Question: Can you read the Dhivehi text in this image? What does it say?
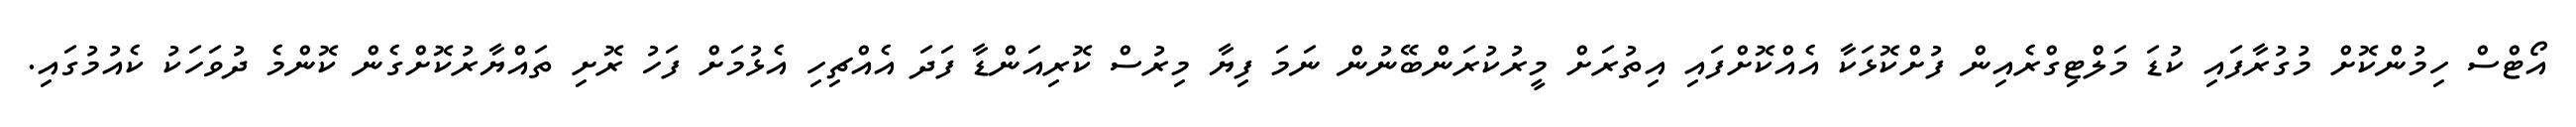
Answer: އޯޓްސް ހިމުންކޮށް މުގުރާފައި ކުޑަ މަލްޓިގްރެއިން ފުށްކޮޅަކާ އެއްކޮށްފައި އިތުރަށް މީރުކުރަންބޭނުން ނަމަ ފިޔާ މިރުސް ކޮރިއަންޑާ ފަދަ އެއްޗިހި އެޅުމަށް ފަހު ރޮށި ތައްޔާރުކޮށްގެން ކޮންމެ ދުވަހަކު ކެއުމުގައި.